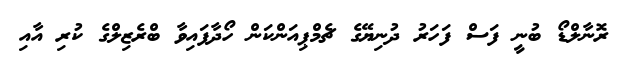
ރޮނާލްޑޯ ބުނީ ފަސް ފަހަރު ދުނިޔޭގެ ޗެމްޕިއަންކަން ހޯދާފައިވާ ބްރެޒިލްގެ ކުރި އާއި